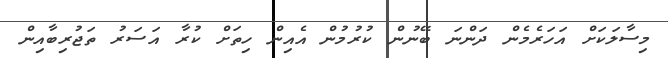
މިސާލަކަށް އަހަރެމެން ދަންނަ ބޭނުން ކުރުމުން އެއިން ހިތަށް ކުރާ އަސަރު ތަޖުރިބާއިން